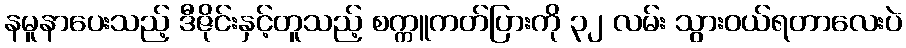
နမူနာပေးသည့် ဒီဇိုင်းနှင့်တူသည့် စက္ကူကတ်ပြားကို ၃၂ လမ်း သွားဝယ်ရတာလေးပဲ